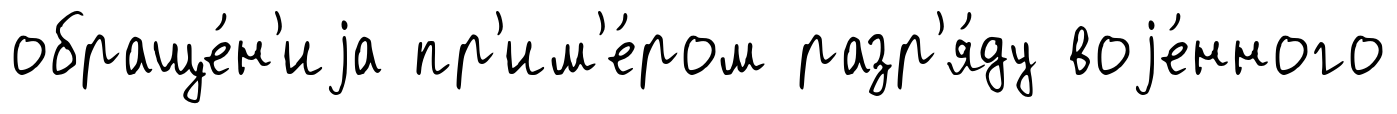
обраще́н'иjа пр'им'е́ром разр'я́ду воjе́нного